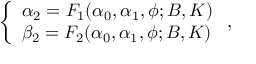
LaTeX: \left\{ \begin{array} { l l } { { \alpha _ { 2 } = F _ { 1 } ( \alpha _ { 0 } , \alpha _ { 1 } , \phi ; B , K ) } } \\ { { \beta _ { 2 } = F _ { 2 } ( \alpha _ { 0 } , \alpha _ { 1 } , \phi ; B , K ) } } \end{array} \right. ,